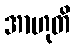
အာဟုတိ